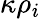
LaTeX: \kappa\rho_{i}